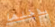
بداخلها